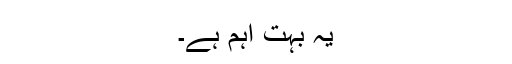
یہ بہت اہم ہے۔